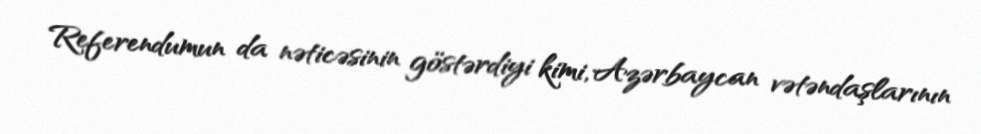
Referendumun da nəticəsinin göstərdiyi kimi, Azərbaycan vətəndaşlarının